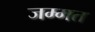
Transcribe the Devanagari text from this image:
जम्‍मत